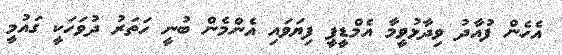
އެހެން ފުއާދު ވިދާޅުވީމާ އެމްޑީޕީ ފިޔަވައި އެންމެން ބުނީ ހަތަރު ދުވަހަކީ ގައުމީ